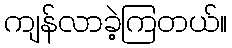
ကျန်လာခဲ့ကြတယ်။